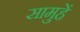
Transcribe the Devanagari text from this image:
सामुहें